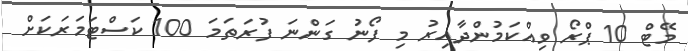
މޭޓް 10 ޕްރޯ ވިއްކަމުންދާއިރު މި ފޯނު ގަންނަ ފުރަތަމަ 100 ކަސްޓަމަރަކަށް